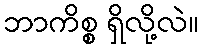
ဘာကိစ္စ ရှိလို့လဲ။